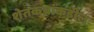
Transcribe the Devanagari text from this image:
शेतकय्रांकडील